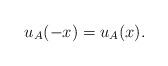
LaTeX: \begin{align*} u_A (-x)=u_A (x). \end{align*}